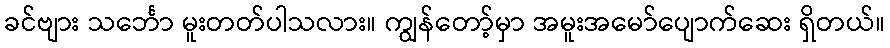
ခင်ဗျား သင်္ဘော မူးတတ်ပါသလား။ ကျွန်တော့်မှာ အမူးအမော်ပျောက်ဆေး ရှိတယ်။